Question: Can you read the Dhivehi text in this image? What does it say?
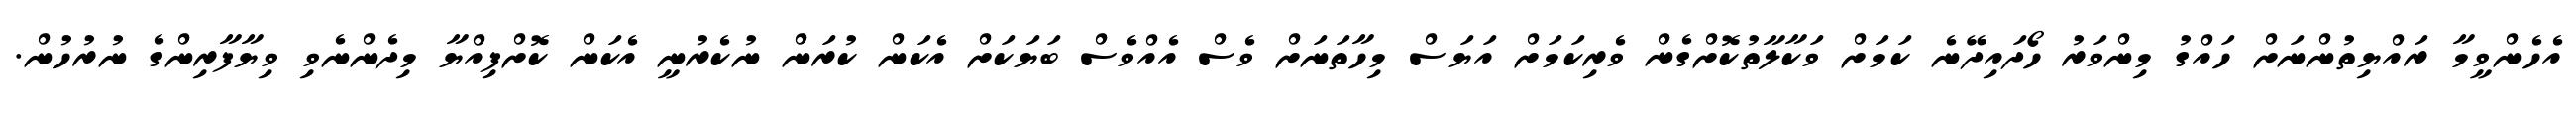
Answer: އެހެންވީމާ ރައްޔިތުންނަށް ހައްގު މިންވަރު ހޯދައިދޭނެ ކަމަށް ވަކާލާތުކޮށްގެން ވެރިކަމަށް އަޔަސް މިހާތަނަށް ވެސް އެއްވެސް ބަޔަކަށް އެކަން ކުރަން ނުކެރުނީ އެކަން ކޮށްފިއްޔާ މިދެންނެވި ވިޔާފާރިންގެ ނުރުހުން.